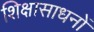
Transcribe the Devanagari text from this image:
शिक्षासाधनों